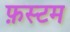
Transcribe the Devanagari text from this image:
फ़स्टम